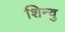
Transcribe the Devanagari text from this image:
शिन्वु